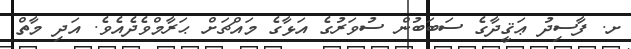
ށ. ފާސިދު ޢަޤީދާގެ ސަބަބުން ސުވަރުގެ އަޅާގެ މައްޗަށް ޙަރާމްވެދެއެވެ. އަދި މާތް